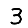
Digit: 3